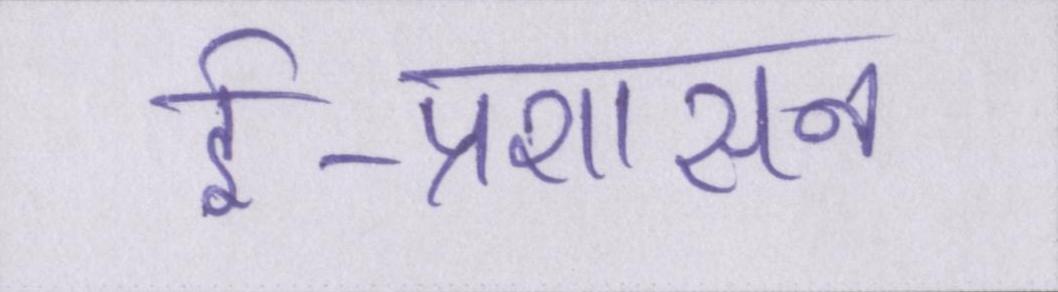
ई-प्रशासन